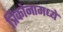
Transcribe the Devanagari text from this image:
त्रिकोनामध्ये